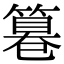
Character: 𥲻